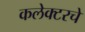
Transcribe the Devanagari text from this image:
कलेक्टरचे